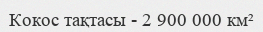
Кокос тақтасы - 2 900 000 км²